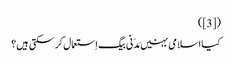
([3])
کیا اسلامی بہنیں مَدَنی بیگ اِستعمال کر سکتی ہیں؟